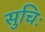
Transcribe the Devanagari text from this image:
सुचिः